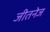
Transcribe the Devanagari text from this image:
जीतनेज